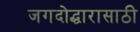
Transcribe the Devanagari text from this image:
जगदोद्धारासाठी